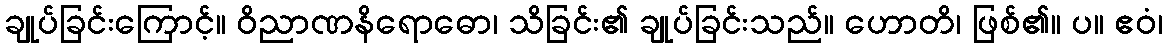
ချုပ်ခြင်းကြောင့်။ ဝိညာဏနိရောဓော၊ သိခြင်း၏ ချုပ်ခြင်းသည်။ ဟောတိ၊ ဖြစ်၏။ ပ။ ဧဝံ၊